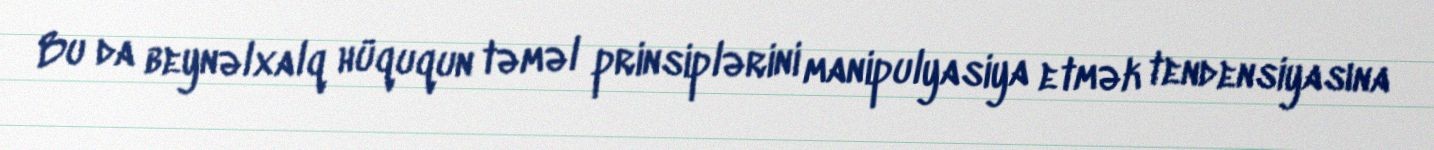
Bu da beynəlxalq hüququn təməl prinsiplərini manipulyasiya etmək tendensiyasına